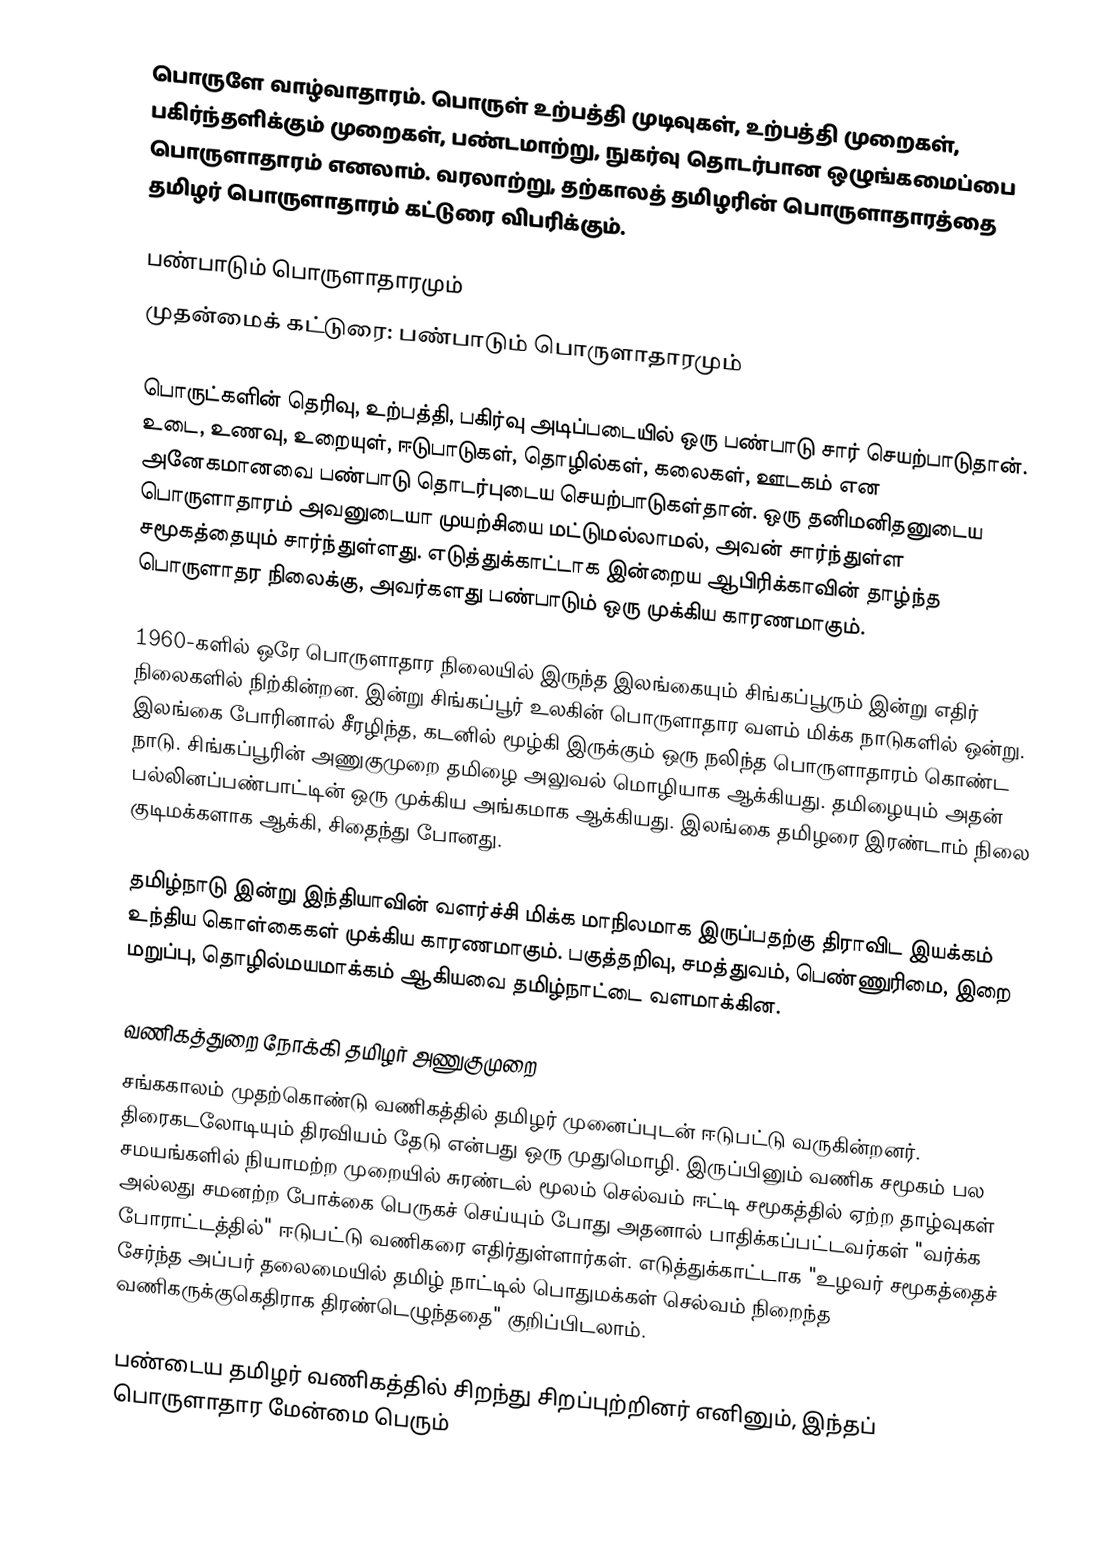
பொருளே வாழ்வாதாரம். பொருள் உற்பத்தி முடிவுகள், உற்பத்தி முறைகள், பகிர்ந்தளிக்கும் முறைகள், பண்டமாற்று, நுகர்வு தொடர்பான ஒழுங்கமைப்பை பொருளாதாரம் எனலாம். வரலாற்று, தற்காலத் தமிழரின் பொருளாதாரத்தை தமிழர் பொருளாதாரம் கட்டுரை விபரிக்கும்.

பண்பாடும் பொருளாதாரமும்
முதன்மைக் கட்டுரை: பண்பாடும் பொருளாதாரமும்

பொருட்களின் தெரிவு, உற்பத்தி, பகிர்வு அடிப்படையில் ஒரு பண்பாடு சார் செயற்பாடுதான்.  உடை, உணவு, உறையுள், ஈடுபாடுகள், தொழில்கள், கலைகள், ஊடகம் என அனேகமானவை பண்பாடு தொடர்புடைய செயற்பாடுகள்தான். ஒரு தனிமனிதனுடைய பொருளாதாரம் அவனுடையா முயற்சியை மட்டுமல்லாமல், அவன் சார்ந்துள்ள சமூகத்தையும் சார்ந்துள்ளது. எடுத்துக்காட்டாக இன்றைய ஆபிரிக்காவின் தாழ்ந்த பொருளாதர நிலைக்கு, அவர்களது பண்பாடும் ஒரு முக்கிய காரணமாகும்.

1960-களில் ஒரே பொருளாதார நிலையில் இருந்த இலங்கையும் சிங்கப்பூரும் இன்று எதிர் நிலைகளில் நிற்கின்றன. இன்று சிங்கப்பூர் உலகின் பொருளாதார வளம் மிக்க நாடுகளில் ஒன்று. இலங்கை போரினால் சீரழிந்த, கடனில் மூழ்கி இருக்கும் ஒரு நலிந்த பொருளாதாரம் கொண்ட நாடு.  சிங்கப்பூரின் அணுகுமுறை தமிழை அலுவல் மொழியாக ஆக்கியது. தமிழையும் அதன் பல்லினப்பண்பாட்டின் ஒரு முக்கிய அங்கமாக ஆக்கியது. இலங்கை தமிழரை இரண்டாம் நிலை குடிமக்களாக ஆக்கி, சிதைந்து போனது.

தமிழ்நாடு இன்று இந்தியாவின் வளர்ச்சி மிக்க மாநிலமாக இருப்பதற்கு திராவிட இயக்கம் உந்திய கொள்கைகள் முக்கிய காரணமாகும். பகுத்தறிவு, சமத்துவம், பெண்ணுரிமை, இறை மறுப்பு, தொழில்மயமாக்கம் ஆகியவை தமிழ்நாட்டை வளமாக்கின.

வணிகத்துறை நோக்கி தமிழர் அணுகுமுறை
சங்ககாலம் முதற்கொண்டு வணிகத்தில் தமிழர் முனைப்புடன் ஈடுபட்டு வருகின்றனர். திரைகடலோடியும் திரவியம் தேடு என்பது ஒரு முதுமொழி. இருப்பினும் வணிக சமூகம் பல சமயங்களில் நியாமற்ற முறையில் சுரண்டல் மூலம் செல்வம் ஈட்டி சமூகத்தில் ஏற்ற தாழ்வுகள் அல்லது சமனற்ற போக்கை பெருகச் செய்யும் போது அதனால் பாதிக்கப்பட்டவர்கள் "வர்க்க போராட்டத்தில்" ஈடுபட்டு வணிகரை எதிர்துள்ளார்கள்.  எடுத்துக்காட்டாக "உழவர் சமூகத்தைச் சேர்ந்த அப்பர் தலைமையில் தமிழ் நாட்டில் பொதுமக்கள் செல்வம் நிறைந்த வணிகருக்குகெதிராக திரண்டெழுந்ததை" குறிப்பிடலாம்.

பண்டைய தமிழர் வணிகத்தில் சிறந்து சிறப்புற்றினர் எனினும், இந்தப் பொருளாதார மேன்மை பெரும்